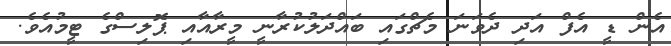
އެން ޑީ އެފް އަދި ދެވަނަ މެޗްގައި ބައްދަލުކުރާނީ މީރާއާއި ޕޮލިސްގެ ޓީމުއެވެ.